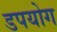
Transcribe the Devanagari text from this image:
डपयोग